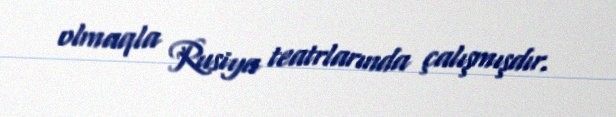
olmaqla Rusiya teatrlarında çalışmışdır.